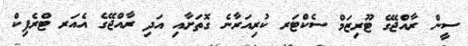
ސީން ރާއްޖޭގެ ޓޫރިޒަމް ސެކްޓަރ ކުރިއަރާނެ ގޮތަށާއި އަދި ރާއްޖޭގެ އެއަރ ޓްރެފިކް